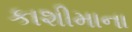
કાશીમાના